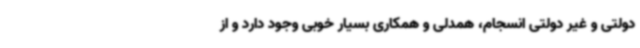
دولتی و غیر دولتی انسجام، همدلی و همکاری بسیار خوبی وجود دارد و از